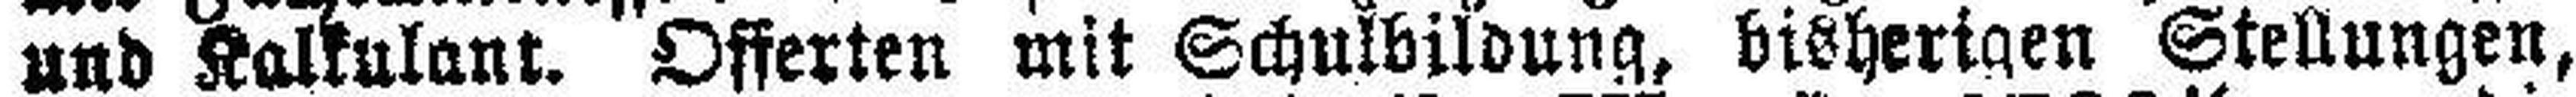
und Kolkulaut. Offerten mit Schulbildung, bisherigen Stellungen,